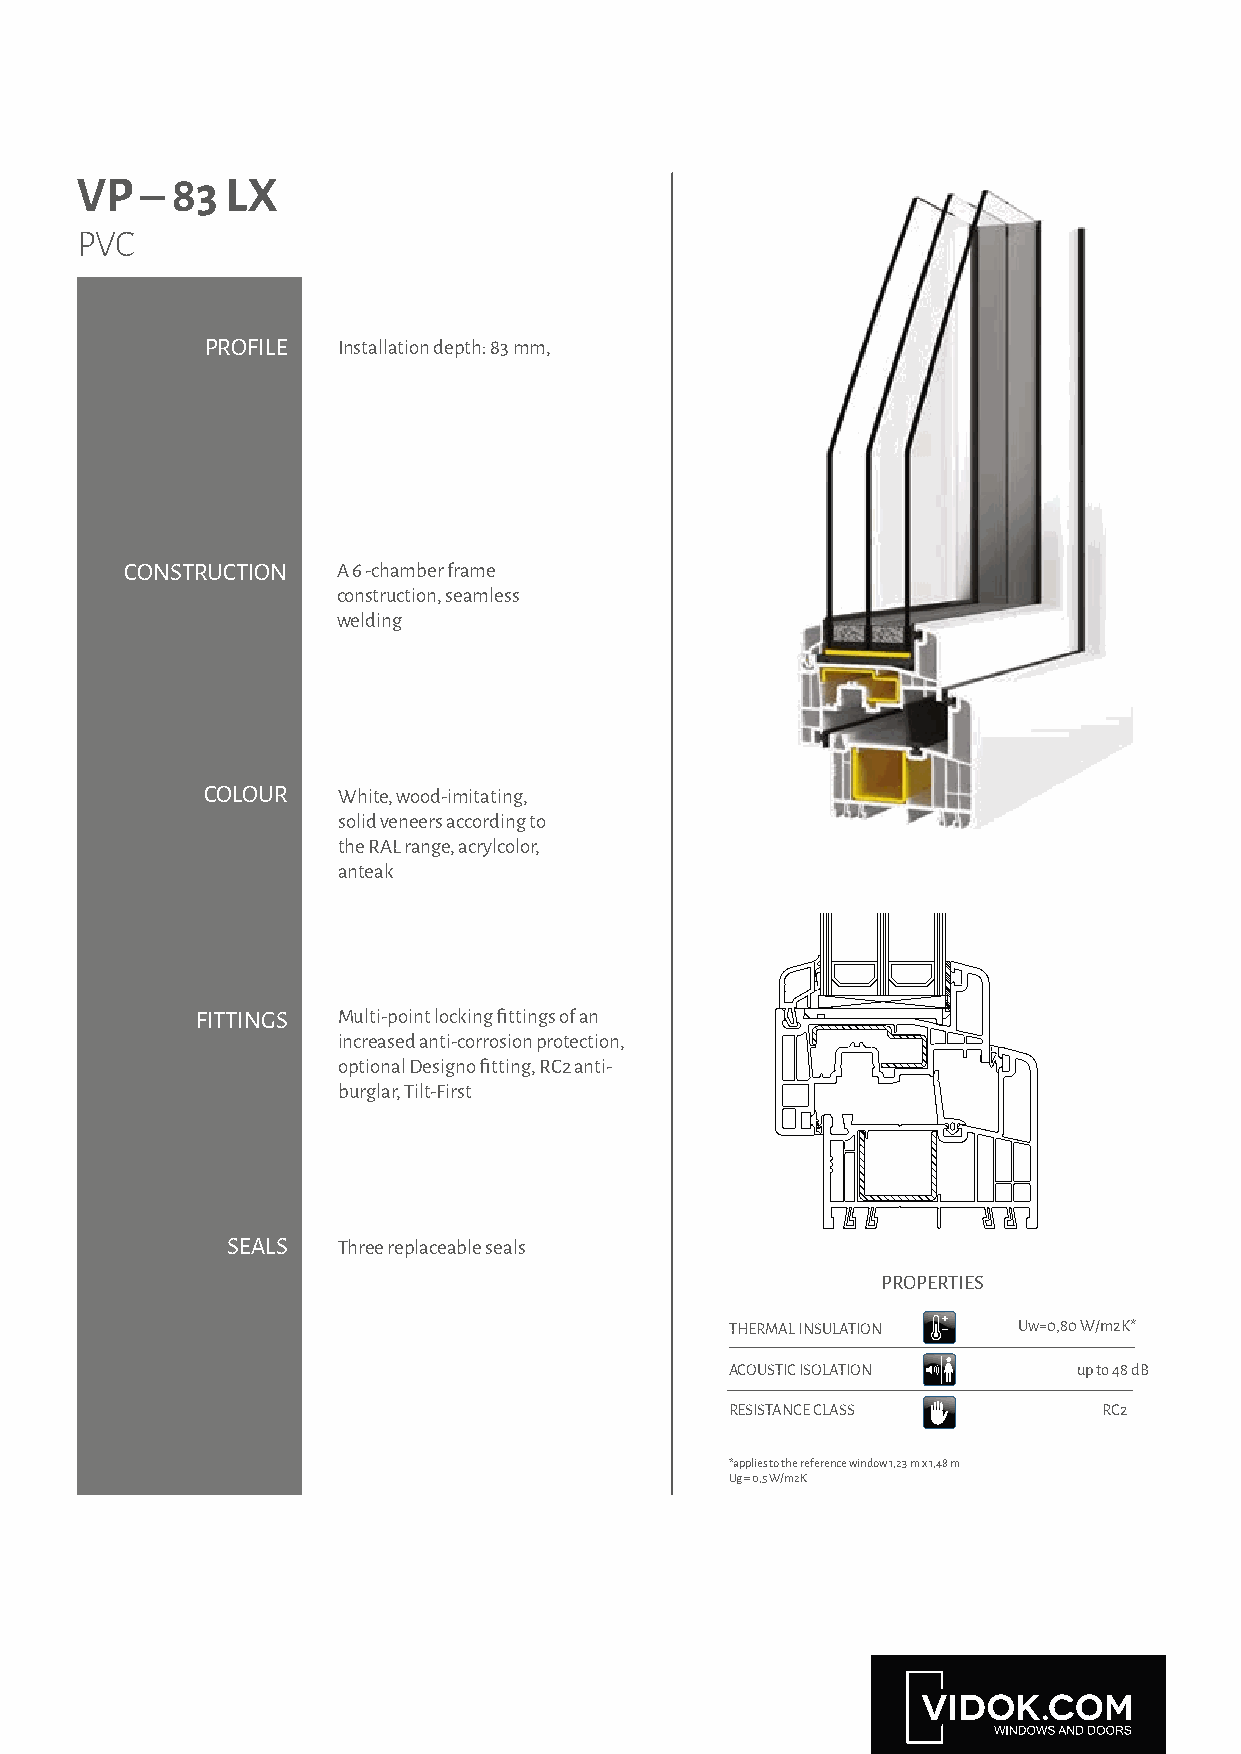
VP  – 83  LX
 PVC
 PROFILE Installation depth: 83 mm,
 CONSTRUCTION  A 6 -chamber frame
 construction, seamless
 welding
 COLOUR   White, wood-imitating,
 solid veneers according to
 the RAL range, acrylcolor,
 anteak
 FITTINGS Multi-point locking fittings of an
 increased anti-corrosion protection,
 optional Designo fitting, RC2 anti-
 burglar, Tilt-First
 SEALS  Three replaceable seals
 PROPERTIES
 THERMAL INSULATION Uw=0,80 W/m2K*
 ACOUSTIC ISOLATION     up to 48 dB
 RESISTANCE CLASS         RC2
 *applies to the reference window 1,23 m x 1,48 m
 Ug = 0,5 W/m2K